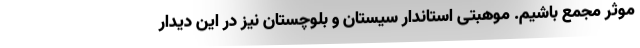
موثر مجمع باشیم. موهبتی استاندار سیستان و بلوچستان نیز در این دیدار